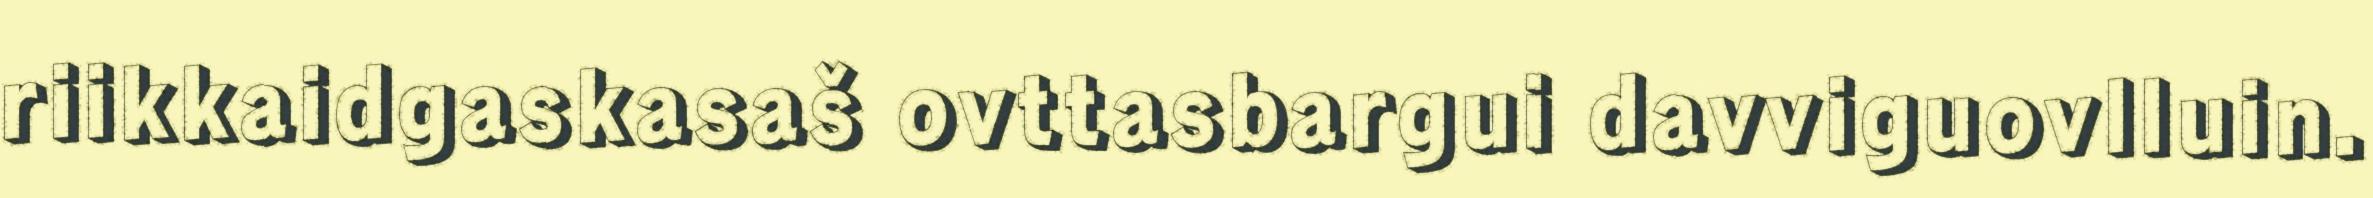
riikkaidgaskasaš ovttasbargui davviguovlluin.